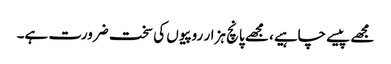
مجھے پیسے چاہیے، مجھے پانچ ہزار روپیوں کی سخت ضرورت ہے۔